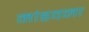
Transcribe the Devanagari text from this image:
मांडवना